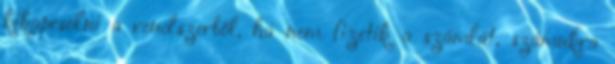
kikapcsolni a rendszerből, ha nem fizetik a számlát, számukra